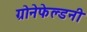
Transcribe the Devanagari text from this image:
ग्रोनेफेल्डनी